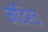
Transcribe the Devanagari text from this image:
मंदिरच